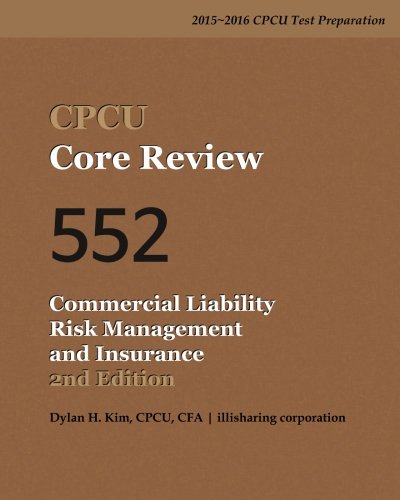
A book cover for CPCU Core Review 552 Commercial Liability Risk Management and Insurance, 2nd Edition; CPCU, CFA, Dylan H. Kim; Business & Money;